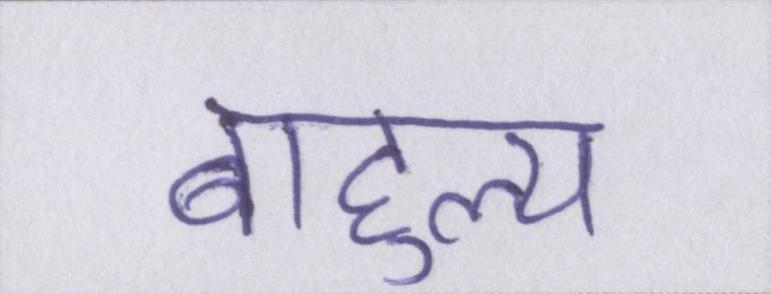
बाहुल्य